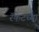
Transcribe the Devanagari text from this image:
रॅकेटच्या